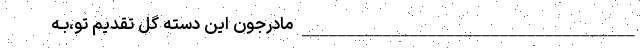
_____________________________________ مادرجون این دسته گل تقدیم تو،بـه